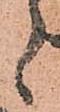
候